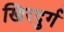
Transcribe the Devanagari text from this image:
खिरदुर्ग